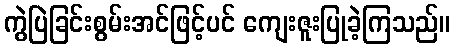
ကွဲပြဲခြင်းစွမ်းအင်ဖြင့်ပင် ကျေးဇူးပြုခဲ့ကြသည်။